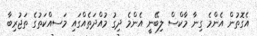
އެގޮތުން އެންމެ ގިނާ މާކްސް ލިބޭނީ އެންމެ ދިގު މުއްދަތެއްގައި މަސއްކަތުގެ ތަޖުރިބާ